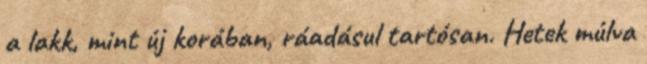
a lakk, mint új korában, ráadásul tartósan. Hetek múlva